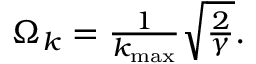
\begin{array} { r } { \Omega _ { k } = \frac { 1 } { k _ { \mathrm { m a x } } } \sqrt { \frac { 2 } { \gamma } } . } \end{array}